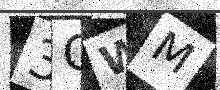
Text: 3GWM